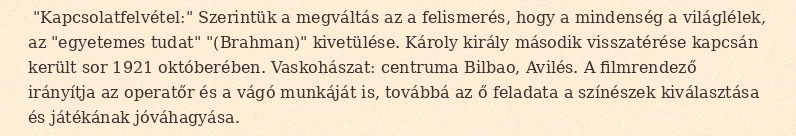
"Kapcsolatfelvétel:" Szerintük a megváltás az a felismerés, hogy a mindenség a világlélek, az "egyetemes tudat" "(Brahman)" kivetülése. Károly király második visszatérése kapcsán került sor 1921 októberében. Vaskohászat: centruma Bilbao, Avilés. A filmrendező irányítja az operatőr és a vágó munkáját is, továbbá az ő feladata a színészek kiválasztása és játékának jóváhagyása.